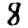
Digit: 8